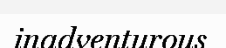
inadventurous